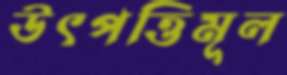
উৎপত্তিমূল